Reports on dispensaries and lunatic asylums in the Province of Oudh - 1869-1876
Year: 1869
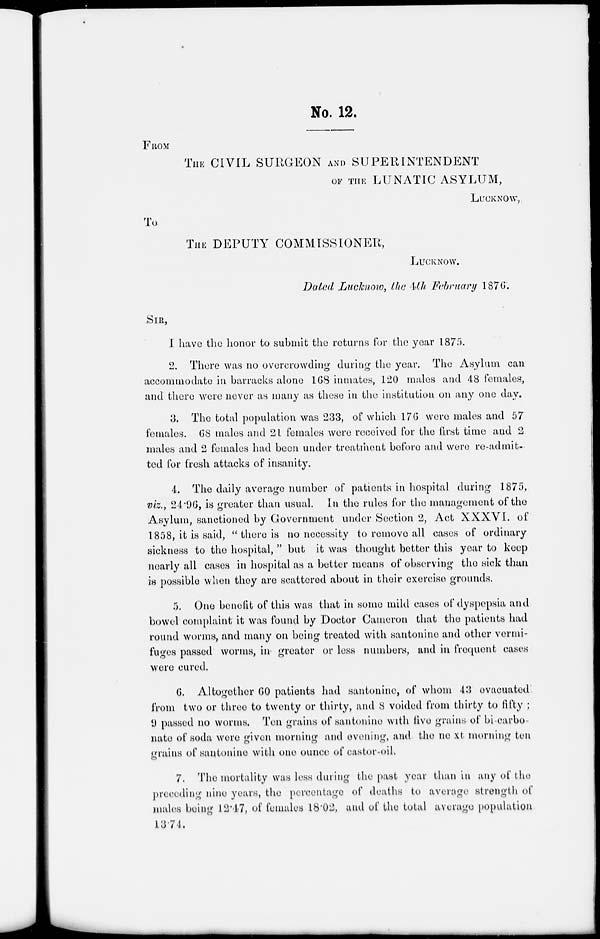
No. 12.
FROM
THE CIVIL SURGEON AND SUPERINTENDENT
OF THE LUNATIC ASYLUM,
LUKNOW,
To
THE DEPUTY COMMISSIONER,
LUCKNOW.
Dated Lucknow, the 4th February 1876.
SIR,
I have the honor to submit the returns for the year 1875.
2. There was no overcrowding during the year. The Asylum can
accommodate in barracks alone 168 inmates, 120 males and 48 females,
and there were never as many as these in the institution on any one day.
3. The total population was 233, of which 176 were males and 57
females. 68 males and 21 females were received for the first time and 2
males and 2 females had been under treatment before and were re-admit-
ted for fresh attacks of insanity.
4. The daily average number of patients in hospital during 1875,
viz., 24.96, is greater than usual. In the rules for the management of the
Asylum, sanctioned by Government under Section 2, Act XXXVI. of
1858, it is said, " there is no necessity to remove all cases of ordinary
sickness to the hospital, " but it was thought better this year to keep
nearly all cases in hospital as a better means of observing the sick than
is possible when they are scattered about in their exercise grounds.
5. One benefit of this was that in some mild cases of dyspepsia and
bowel complaint it was found by Doctor Cameron that the patients had
round worms, and many on being treated with santonine and other vermi-
fuges passed worms, in greater or less numbers, and in frequent cases
were cured.
6. Altogether 60 patients had santonine, of whom 43 evacuated
from two or three to twenty or thirty, and 8 voided from thirty to fifty ;
9 passed no worms. Ten grains of santonine with five grains of bi-carbo-
nate of soda were given morning and evening, and the next morning ten
grains of santonine with one ounce of castor-oil.
7. The mortality was less during the past year than in any of the
preceding nine years, the percentage of deaths to average strength of
males being 12.47, of females 18.02, and of the total average population
13.74.